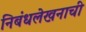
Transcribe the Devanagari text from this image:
निबंधलेखनाची